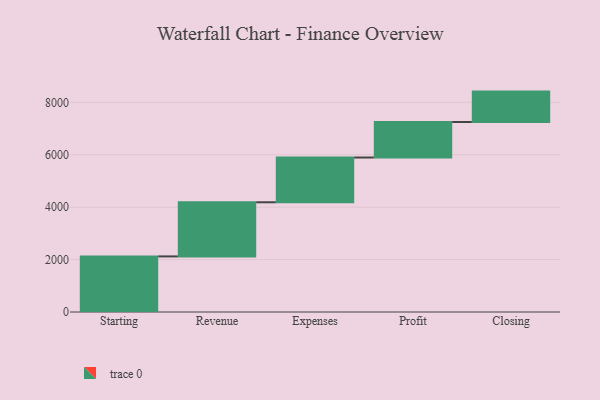
{"axis": {"x": "Step", "y": "Value"}, "legend": [""], "data": [{"x": "Starting", "y": 2121.0, "type": ""}, {"x": "Revenue", "y": 2065.0, "type": ""}, {"x": "Expenses", "y": 1708.0, "type": ""}, {"x": "Profit", "y": 1356.0, "type": ""}, {"x": "Closing", "y": 1159.0, "type": ""}]}